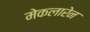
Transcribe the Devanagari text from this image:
मेकलारेन